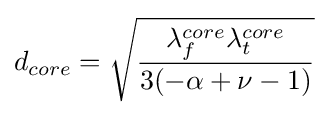
d_{core}={\sqrt {\frac {\lambda _{f}^{core}\lambda _{t}^{core}}{3(-\alpha +\nu -1)}}}